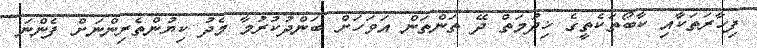
ފިހާރަތަކާއި ކާބޯތަކެތީގެ ޚިދުމަތް ދޭ ތަންތަން އަވަހަށް ބަންދުކުރުމާ މެދު ކިޔުންތެރިންނަށް ފެންނަ